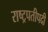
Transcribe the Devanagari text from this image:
राष्ट्रपतीपदी